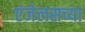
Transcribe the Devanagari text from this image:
एंजेलसच्या